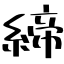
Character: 締